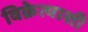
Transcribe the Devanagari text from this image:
विक्रेत्याशी